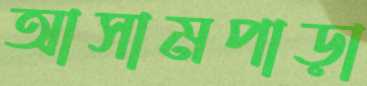
আসামপাড়া